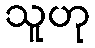
သူဟု